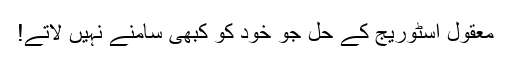
معقول اسٹوریج کے حل جو خود کو کبھی سامنے نہیں لاتے!